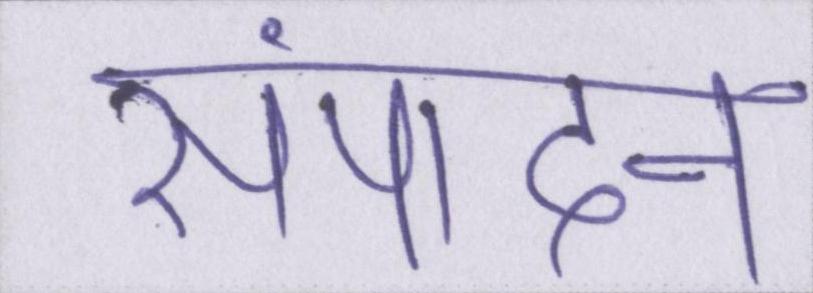
संपादन